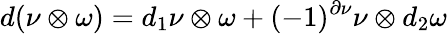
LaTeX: d(\nu\otimes\omega)=d_{1}\nu\otimes\omega+(-1)^{\partial\nu}\nu\otimes d_{2}\omega